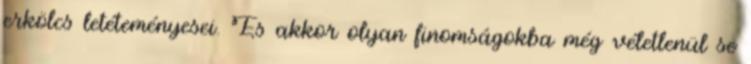
erkölcs letéteményesei. És akkor olyan finomságokba még véletlenül se